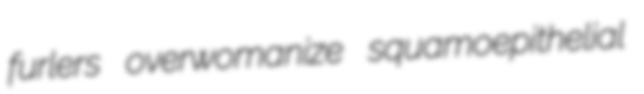
furlers overwomanize squamoepithelial